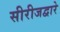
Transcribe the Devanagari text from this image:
सीरीजद्वारे